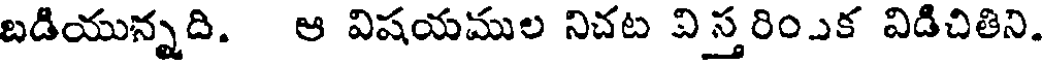
బడియున్నది. ఆ విషయముల నిచట విస్తరింఎక విడిచితిని.